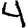
Digit: 4